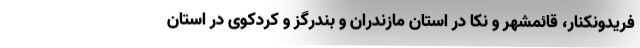
فریدونکنار، قائمشهر و نکا در استان مازندران و بندرگز و کردکوی در استان